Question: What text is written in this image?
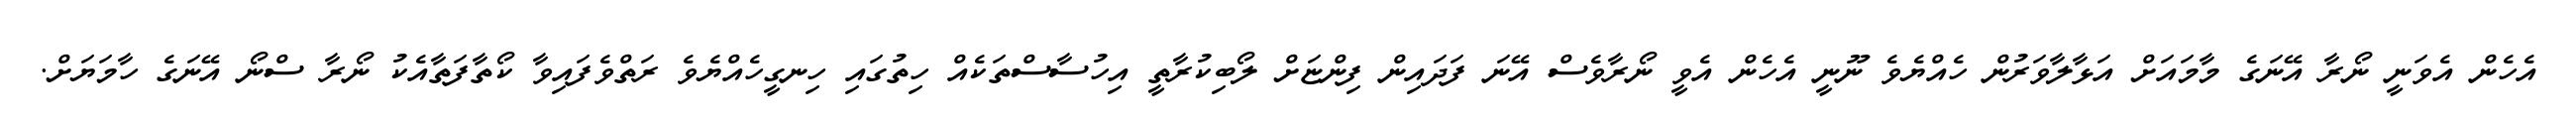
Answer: އެހެން އެވަނީ ނޯރާ އޭނަގެ މާމައަށް އަޅާލާވަރުން ހެއްޔެވެ ނޫނީ އެހެން އެވީ ނޯރާވެސް އޭނަ ފަދައިން ފިންޏަށް ލޯބިކުރާތީ އިހުސާސްތަކެއް ހިތުގައި ހިނގީހެއްޔެވެ ރަތްވެފައިވާ ކޯތާފަތާއެކު ނޯރާ ސްނޯ އޭނަގެ ހާމަޔަށް.